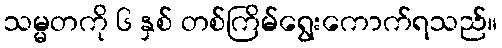
သမ္မတကို ၆ နှစ် တစ်ကြိမ်ရွေးကောက်ရသည်။